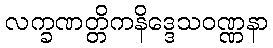
လက္ခဏတ္တိကနိဒ္ဒေသဝဏ္ဏနာ